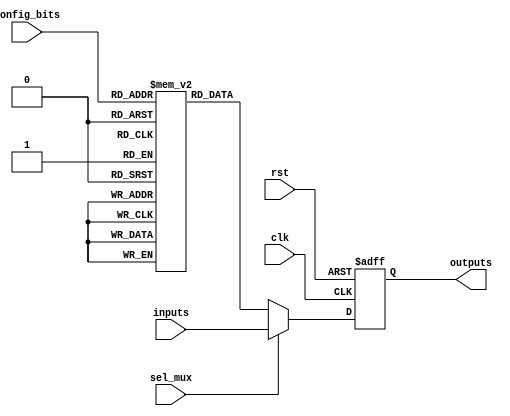
module CLB (
    input wire [3:0] inputs,          // 4 input signals
    input wire [3:0] config_bits,     // Configuration bits for LUTs
    input wire clk,                    // Clock signal for registers
    input wire rst,                    // Reset signal
    input wire sel_mux,                // MUX select signal
    output wire [3:0] outputs          // 4 output signals
);

// Logic Elements (LUTs)
wire [3:0] lut_out;
reg [3:0] lut [0:15]; // 16 possible configurations for a 4-input LUT

// Initialize LUT with some example truth tables
initial begin
    lut[0]  = 4'b0000; // 0
    lut[1]  = 4'b0001; // A
    lut[2]  = 4'b0010; // B
    lut[3]  = 4'b0011; // A + B
    lut[4]  = 4'b0100; // C
    lut[5]  = 4'b0101; // A + C
    lut[6]  = 4'b0110; // B + C
    lut[7]  = 4'b0111; // A + B + C
    lut[8]  = 4'b1000; // D
    lut[9]  = 4'b1001; // A + D
    lut[10] = 4'b1010; // B + D
    lut[11] = 4'b1011; // A + B + D
    lut[12] = 4'b1100; // C + D
    lut[13] = 4'b1101; // A + C + D
    lut[14] = 4'b1110; // B + C + D
    lut[15] = 4'b1111; // A + B + C + D
end

// Select the output from the LUT based on configuration bits
assign lut_out = lut[config_bits];

// MUX to select between LUT output and a direct input
wire [3:0] mux_out;
assign mux_out = sel_mux ? inputs : lut_out;

// Registers to store output states
reg [3:0] reg_out;

always @(posedge clk or posedge rst) begin
    if (rst) begin
        reg_out <= 4'b0000; // Reset output
    end else begin
        reg_out <= mux_out; // Store MUX output
    end
end

// Final outputs
assign outputs = reg_out;

endmodule